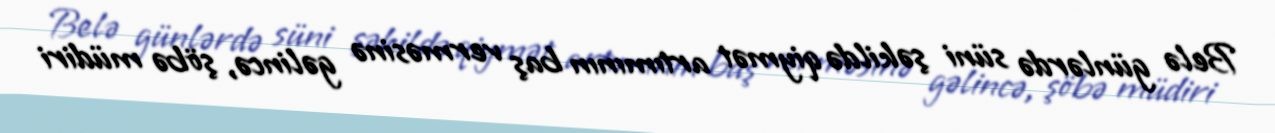
Belə günlərdə süni şəkildə qiymət artımının baş verməsinə gəlincə, şöbə müdiri